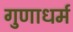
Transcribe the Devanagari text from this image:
गुणाधर्म